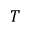
T